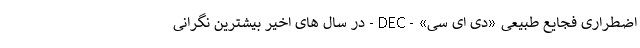
اضطراری فجایع طبیعی «دی ای سی» - DEC - در سال های اخیر بیشترین نگرانی